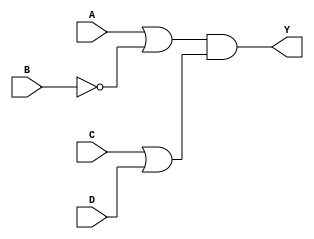
module pos_simplification (
    input wire A,  // Input A
    input wire B,  // Input B
    input wire C,  // Input C
    input wire D,  // Input D
    output wire Y  // Output Y
);

// Define the sum terms based on the inputs
wire sum_term1; // Represents (A + B')
wire sum_term2; // Represents (C + D)

// Implement the sum terms using OR and NOT gates
assign sum_term1 = A | ~B; // (A + B')
assign sum_term2 = C | D;  // (C + D)

// Combine the sum terms using AND gate to form the POS expression
assign Y = sum_term1 & sum_term2; // ((A + B')(C + D))

endmodule